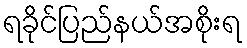
ရခိုင်ပြည်နယ်အစိုးရ